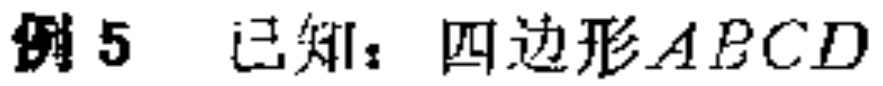
例 5 已知：四边形\(ABCD\)